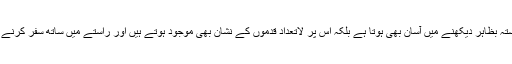
جبکہ جُھوٹ اور فریب کا راستہ بظاہر دیکھنے میں آسان بھی ہوتا ہے بلکہ اُس پر لاتعداد قدموں کے نشان بھی مُوجود ہوتے ہیں اور راستے میں ساتھ سفر کرنے والے بھی بُہت مِل جاتے ہیں۔